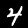
Digit: 4